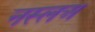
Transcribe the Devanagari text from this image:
नस्लअ